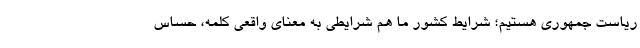
ریاست جمهوری هستیم؛ شرایط کشور ما هم شرایطی به معنای واقعی کلمه، حساس